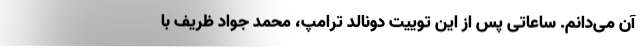
آن می‌دانم. ساعاتی پس از این توییت دونالد ترامپ، محمد جواد ظریف با